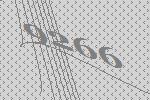
9266